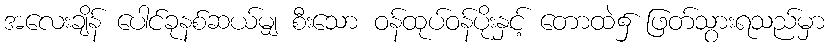
အလေးချိန် ပေါင်ခုနစ်ဆယ်မျှ စီးသော ဝန်ထုပ်ဝန်ပိုးနှင့် တောထဲ၌ ဖြတ်သွားရသည်မှာ